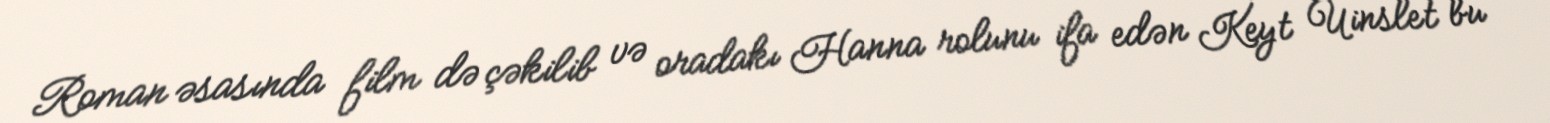
Roman əsasında film də çəkilib və oradakı Hanna rolunu ifa edən Keyt Uinslet bu